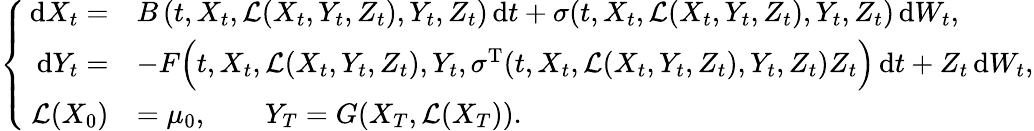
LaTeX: \left\{ \begin{array}{rl}{\, \mathrm{d}X_{t}=}&{B\left(t,X_{t},\mathcal{L}(X_{t},Y_{t},Z_{t}),Y_{t},Z_{t}\right)\, \mathrm{d}t+\sigma(t,X_{t},\mathcal{L}(X_{t},Y_{t},Z_{t}),Y_{t},Z_{t})\, \mathrm{d}W_{t},}\\ {\, \mathrm{d}Y_{t}=}&{-F\Big(t,X_{t},\mathcal{L}(X_{t},Y_{t},Z_{t}),Y_{t},\sigma^{\operatorname{T}}(t,X_{t},\mathcal{L}(X_{t},Y_{t},Z_{t}),Y_{t},Z_{t})Z_{t}\Big)\, \mathrm{d}t+Z_{t}\, \mathrm{d}W_{t},}\\ {\mathcal{L}(X_{0})}&{=\mu_{0},\qquad Y_{T}=G(X_{T},\mathcal{L}(X_{T})).}\end{array}\right.